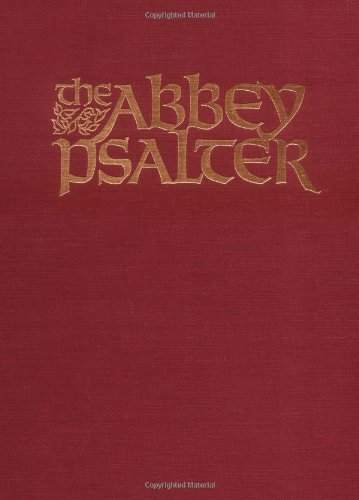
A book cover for The Abbey Psalter: The Book of Psalms Used by the Trappist Monks of Genesse Abbey; Genesee Eudes; Religion & Spirituality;